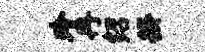
玲冉绍揆